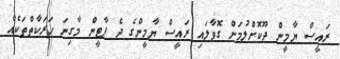
ރައީސް ޔާމީން ދޫކޮށްލުމަށް ގޮވާލައި ރައީސް ޔާމީންގެ ދެ ޕާޓީން މާގިނަ ހަރަކާތްތަކެއް